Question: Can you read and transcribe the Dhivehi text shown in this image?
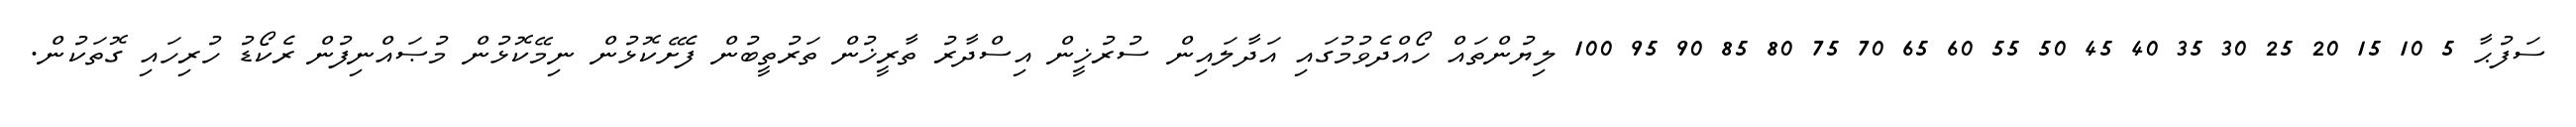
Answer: ސަފުޙާ 5 10 15 20 25 30 35 40 45 50 55 60 65 70 75 80 85 90 95 100 ލިޔުންތައް ހޯއްދެވުމުގައި އަދާލައިން ސުރުޚީން އިސްދާރު ތާރީޚުން ތަރުތީބުން ފެށޭކޮޅުން ނިމޭކޮޅުން މުޞައްނިފުން ރެކޯޑު ހުރިހައި ގޮތަކުން.